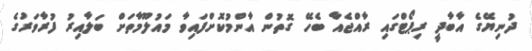
ދުނިޔޭގެ އާބާދީ ރިޕޯޓްގައި ރާއްޖެއާ ބެހޭ ގޮތުން އާންމުކޮށްފައިވާ މައުލޫމާތަށް ބަލާއިރު ފުރާވަރުގެ